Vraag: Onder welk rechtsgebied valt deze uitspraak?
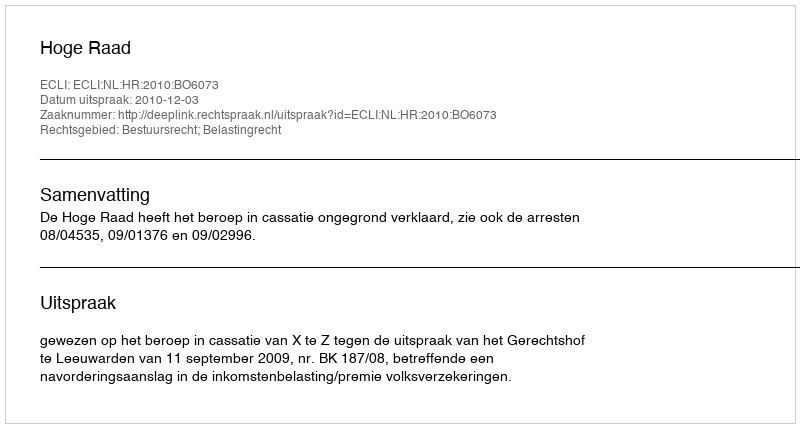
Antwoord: Bestuursrecht; Belastingrecht